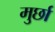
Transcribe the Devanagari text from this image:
मुर्छा